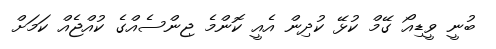
ބުނީ ވީޑިއޯ ގޭމް ކުޅޭ ކުދިން އެއީ ކޮންމެ ޖިންސެއްގެ ކުއްޖެއް ކަމަށް